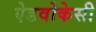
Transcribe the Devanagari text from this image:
ऐडवोकेसी